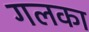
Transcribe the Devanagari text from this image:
गलका